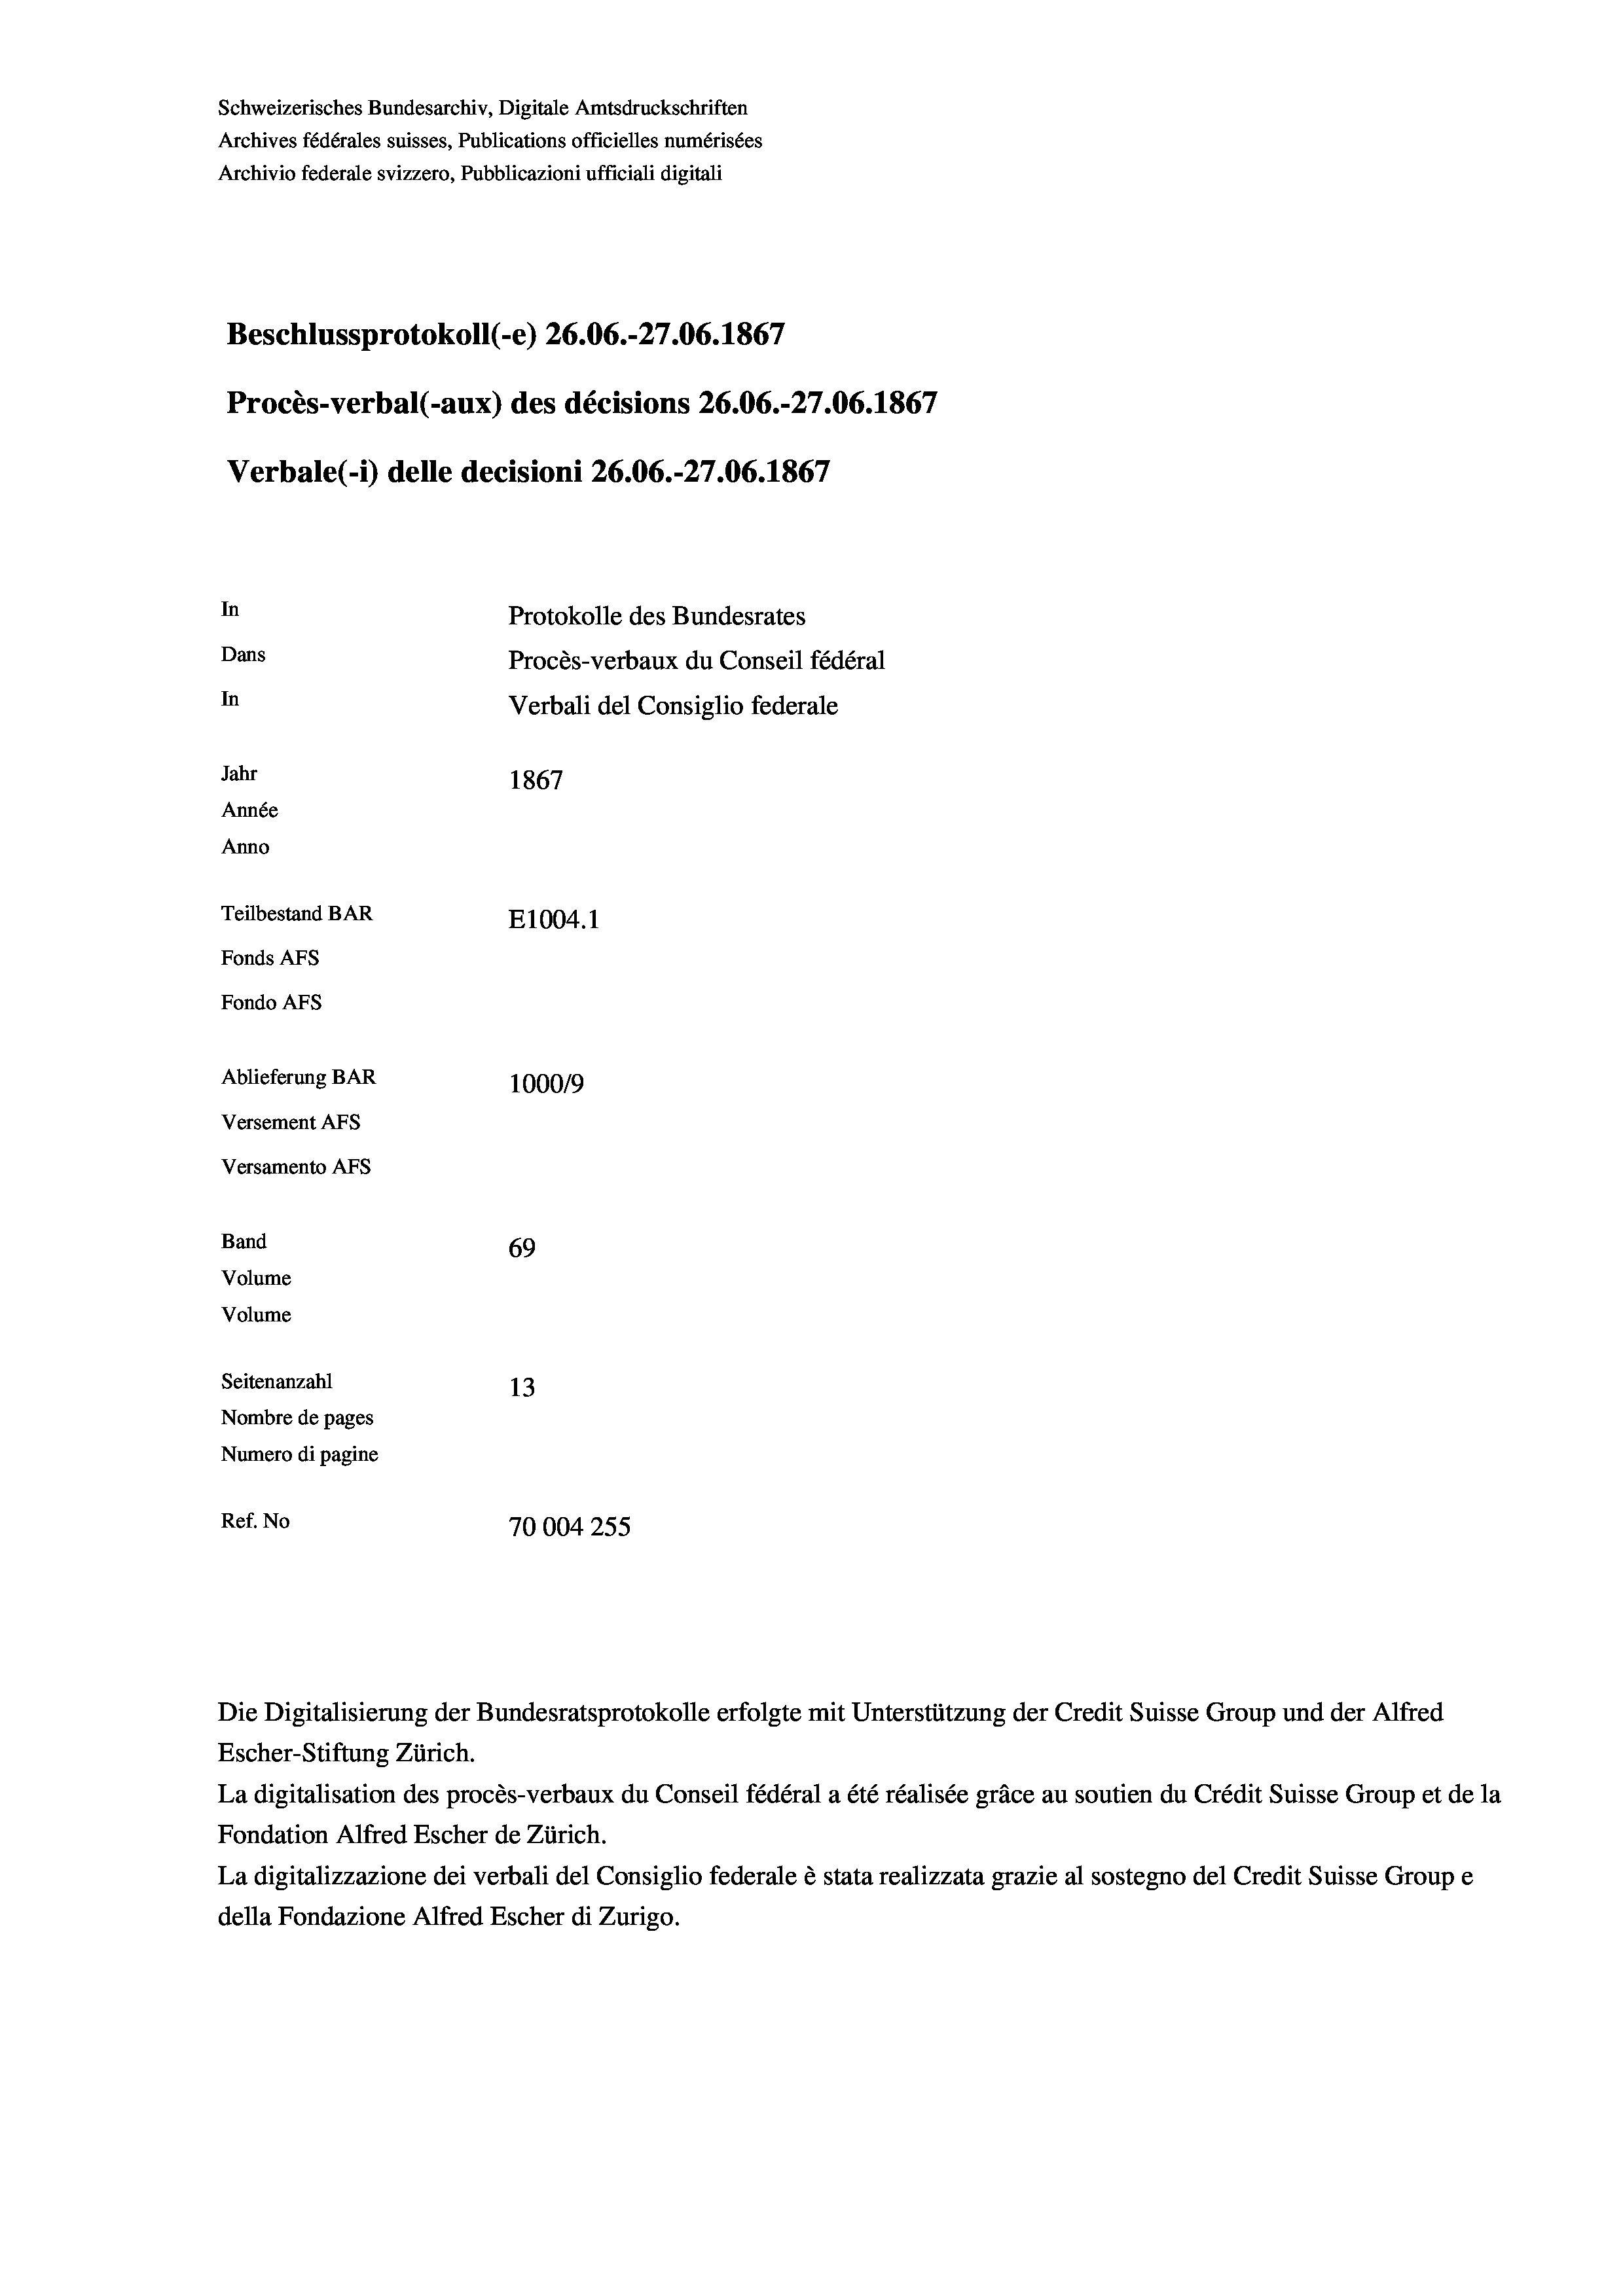
Schweizerisches Bundesarchiv, Digitale Amtsdruckschriften
Archives fédérales suisses, Publications officielles numérisées
Archivio federale svizzero, Pubblicazioni ufficiali digitali
Beschlussprotokoll (-e) 26.06.-27.06. 1867
Procès-verbal (-aux) des décisions 26.06.-27.06. 1867
Verbale (1) delle decisioni 26.06.-27.06. 1867
In
Protokolle des Bundesrates
Dans
Procès-verbaux du Conseil fédéral
In
Verbali del Consiglio federale
Jahr
1867
Année
Anno
Teilbestand BAR
E1004. 1
Fonds AFs
Fondo Afs
Ablieferung BAR
100019
Versement AFs
Versamento Afs

69
Seitenanzahl
13
Nombre de pages
Numero di pagine
Ref. No
70004255

Band
Volume

Volume

Escher-Stiftung Zürich.
La digitalisation des procès-verbaux du Conseil fédéral a été réalisée gräce au soutien du Crédit Suisse Group et de la
Fondation Alfred Escher de Zürich.
La digitalizzazione dei verbali del Consiglio federale è stata realizzata grazie al sostegno del Credit Suisse Groupe
della Fondazione Alfred Escher di Zurigo.

Die Digitalisierung der Bundesratsprotokolle erfolgte mit Unterstützung der Credit Suisse Group und der Alfred